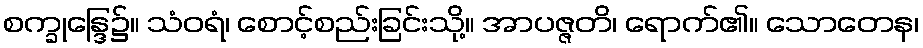
စက္ခုန္ဒြေ၌။ သံဝရံ၊ စောင့်စည်းခြင်းသို့။ အာပဇ္ဇတိ၊ ရောက်၏။ သောတေန၊